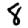
Digit: 8